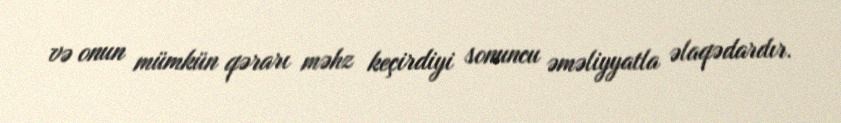
və onun mümkün qərarı məhz keçirdiyi sonuncu əməliyyatla əlaqədardır.